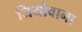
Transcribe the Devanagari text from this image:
जियोवाना